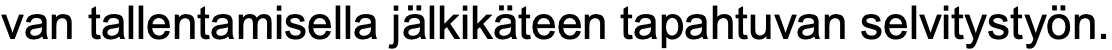
van tallentamisella jälkikäteen tapahtuvan selvitystyön.